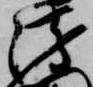
衛